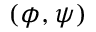
( \phi , \psi )